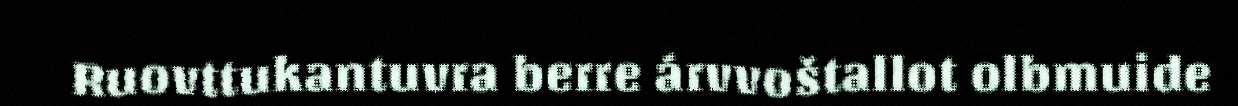
Ruovttukantuvra berre árvvoštallot olbmuide